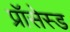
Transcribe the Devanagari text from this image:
प्रॉसेस्ड